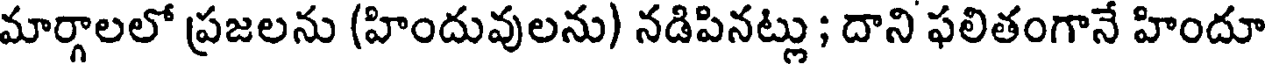
మార్గాలలో ప్రజలను (హిందువులను) నడిపినట్లు ; దాని ఫలితంగానే హిందూ